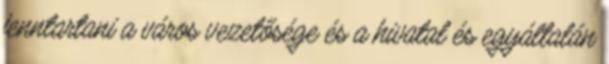
fenntartani a város vezetősége és a hivatal és egyáltalán